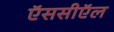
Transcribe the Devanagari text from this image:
ऍससीऍल